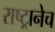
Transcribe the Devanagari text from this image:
राष्ट्रानेच